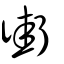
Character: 街